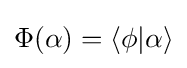
\Phi (\alpha )=\langle \phi |\alpha \rangle